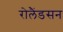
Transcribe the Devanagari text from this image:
रोलैंडसन